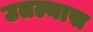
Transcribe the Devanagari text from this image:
उतल्यास